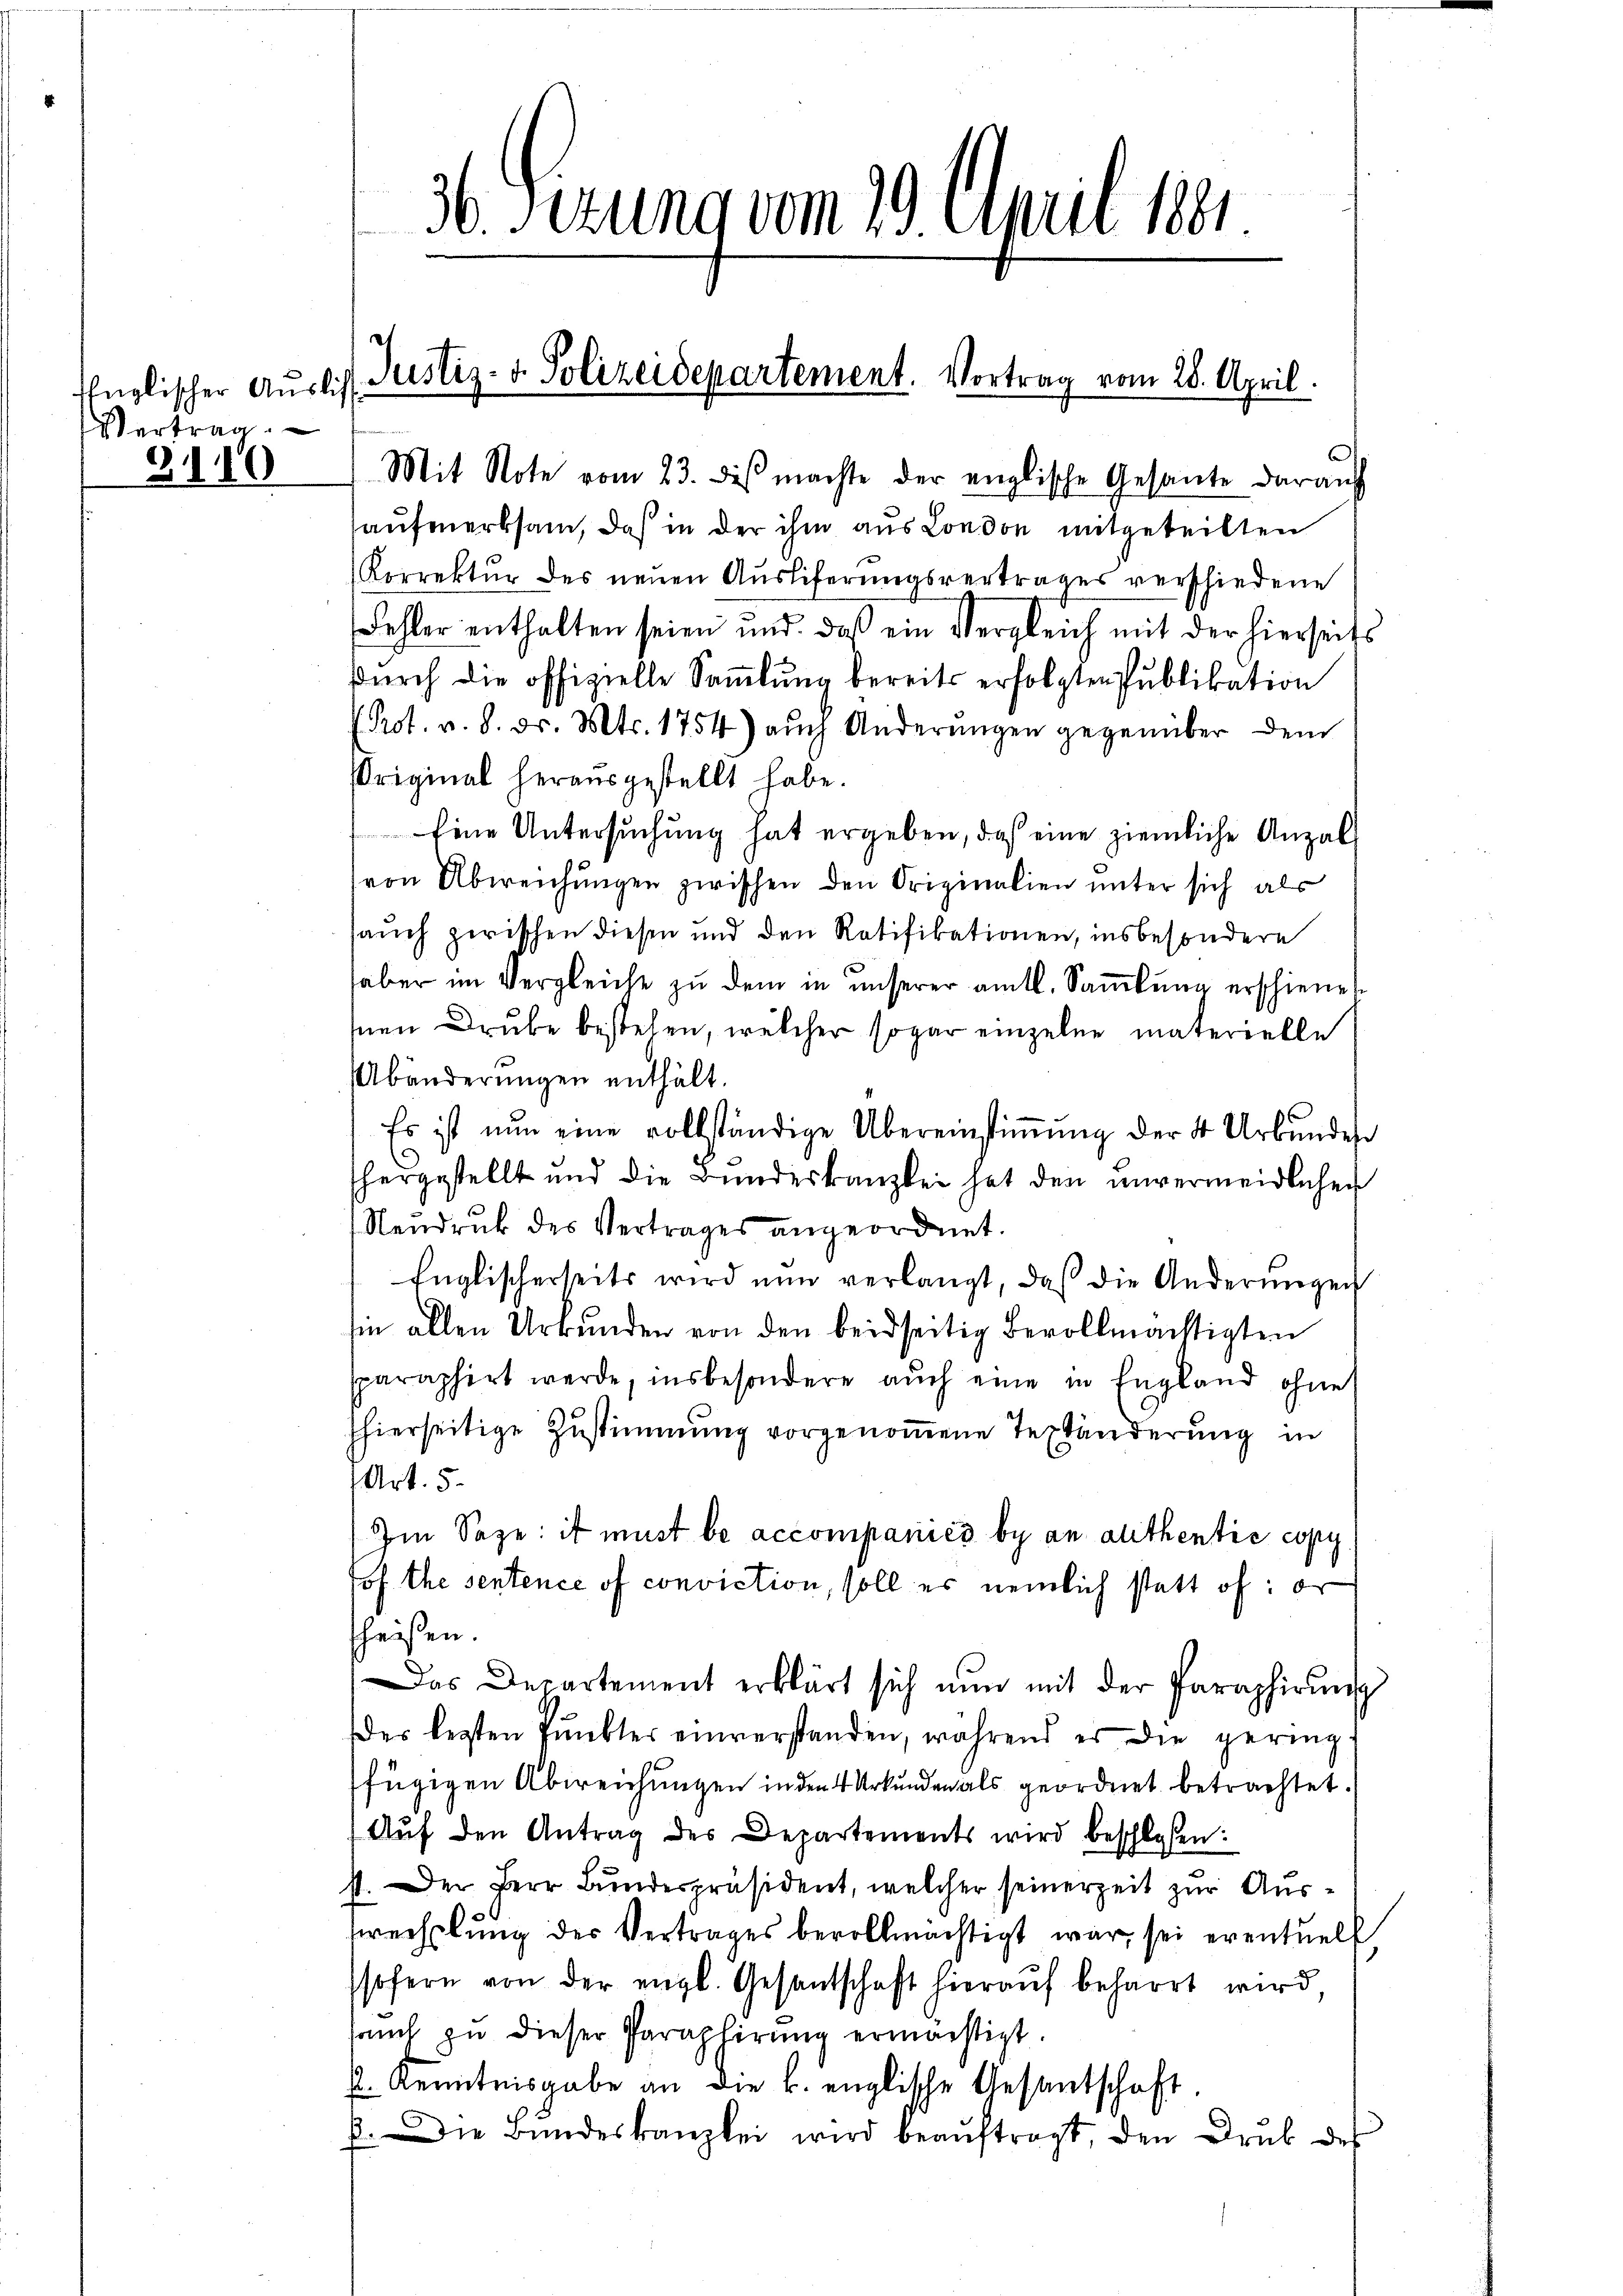
ffnglischer Auslich
Vertrag

3110

36. Sizung vom 29. April 1891.

Justiz- & Polizeidepartement. Vortrag vom 28. April.

Prot. v. 8. ds. Mts. 1754) aŭch Änderŭngen gegenüber dem
Original herausgestellt habe.
Eine Untersuchung hat ergeben, daß eine ziemliche Anzah
von Abweichungen zwischen den Originalien unter sich als
sauch zwischen diesen und den Ratifikationen, insbesondere
haber im Vergleiche zu dem in unserer amtl. Samlung erschienet
Inen Drube bestehen, welcher sogar einzelne materielle
Abänderŭngen enthält.
Es ist nun eine vollständige Übereinstiṁŭng der 4 Urbŭndes
.
hergestellt und die Bundeskanzlei hat den unvermeidlichen
Neudruck des Vertrages angeordnet.
Englischerseits wird nun verlangt, daß die Anderungen
hin allen Urkunden von den beidseitig Bevollmächtigten
sparaphirt werde, insbesondere auch eine in England ohne
shierseitige Zustimmung vorgenommene Teständerung in
Art. 5.
Im Saze: ist must be accompanies bey an althentie copy
Jof the sentence of conviction, soll es nemlich statt of: er
heißen.
Das Departement erklärt sich nŭn mit der Paraphirŭng
Der legten Pŭnkter einverstanden, während er die gering-
fügigen Abweichungen in den 4 Urkunden als geordnet betrachtet.
Aŭf den Antrag des Departements wird beschlossen:
st. Der Herr Bundespräsident, welcher seinerzeit zur Ausswechslung der Vertrages bevollmächtigt war, sei eventuell
sofern von der engl. Gesantschaft hieraŭf beharrt wird,
aŭch zu dieser Paraphirŭng ermächtigt.
. Kenntnisgabe an die k. englische Gesantschaft
b. Die Bundeskanzlei wird beaŭftragt, den Druk des

Mit Note vom 23. des machte der englische Gesante darauf
aufmerksam, daß in der ihm aus London mitgeteilten
Korrektur des neuen Ausliferungsvertrages verschiedene
Fehler enthalten seien und daß ein Vergleich mit der hierseits
durch die offizielle Sammlung bereits erfolgten Publikation